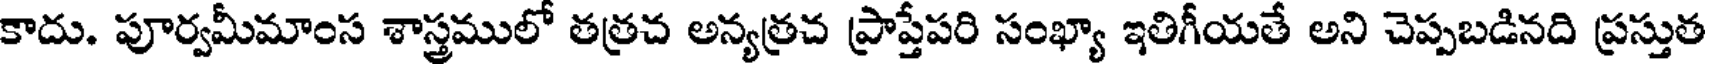
కాదు. పూర్వమీమాంస శాస్త్రములో తత్రచ అన్యత్రచ ప్రాప్తేపరి సంఖ్యా ఇతిగీయతే అని చెప్పబడినది ప్రస్తుత